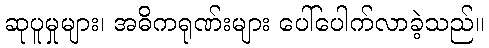
ဆုပူမှုများ၊ အဓိကရုဏ်းများ ပေါ်ပေါက်လာခဲ့သည်။